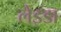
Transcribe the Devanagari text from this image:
लेइडा